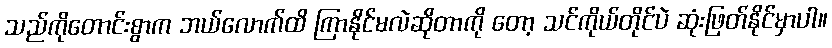
သည်ကိုတောင်းစွာက ဘယ်လောက်ထိ ကြာနိုင်မလဲဆိုတာကို တော့ သင်ကိုယ်တိုင်ပဲ ဆုံးဖြတ်နိုင်မှာပါ။